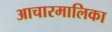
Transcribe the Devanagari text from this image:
आचारमालिका